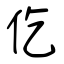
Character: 仡